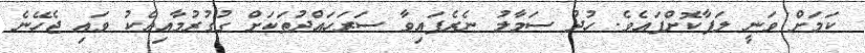
ކަމަށް ވަނީ ލަފާކޮށްފައެވެ. ހުދު ސަމާލު ނެރެފައިވާ ސަރަހައްދުތަކަށް ގުގުރުމާއިއެކު ވައި ޖެހޭނެ